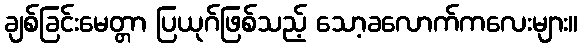
ချစ်ခြင်းမေတ္တာ ပြယုဂ်ဖြစ်သည့် သော့ခလောက်ကလေးများ။